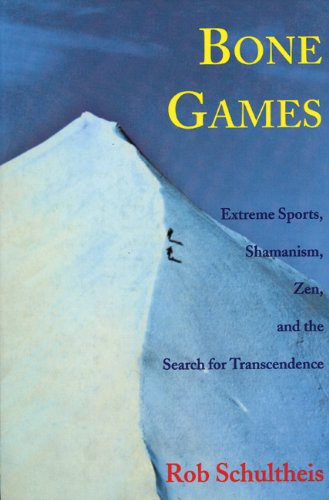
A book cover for Bone Games: Extreme Sports, Shamanism, Zen, and the Search for Transcendence; Rob Schultheis; Sports & Outdoors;